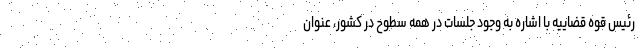
رئیس قوه قضاییه با اشاره به وجود جلسات در همه سطوح در کشور، عنوان